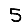
Digit: 5